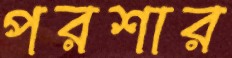
পরশার